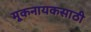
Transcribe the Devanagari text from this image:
मूकनायकसाठी